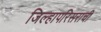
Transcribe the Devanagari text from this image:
जिल्हापरिसराची